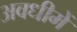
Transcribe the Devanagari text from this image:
अवधीमें